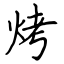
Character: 烤